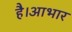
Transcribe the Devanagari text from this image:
है।आभार